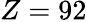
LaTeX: Z=92